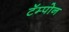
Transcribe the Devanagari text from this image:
टॅम्पोन